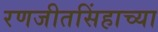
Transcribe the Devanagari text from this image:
रणजीतसिंहाच्या